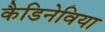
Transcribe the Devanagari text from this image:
कैडिनेविया